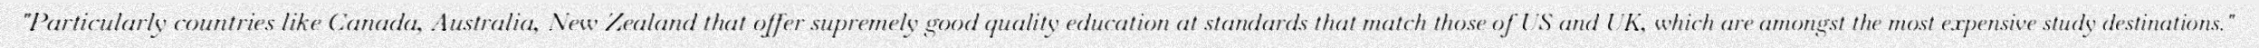
"Particularly countries like Canada, Australia, New Zealand that offer supremely good quality education at standards that match those of US and UK, which are amongst the most expensive study destinations."